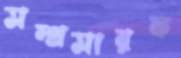
সম্প্রসারক